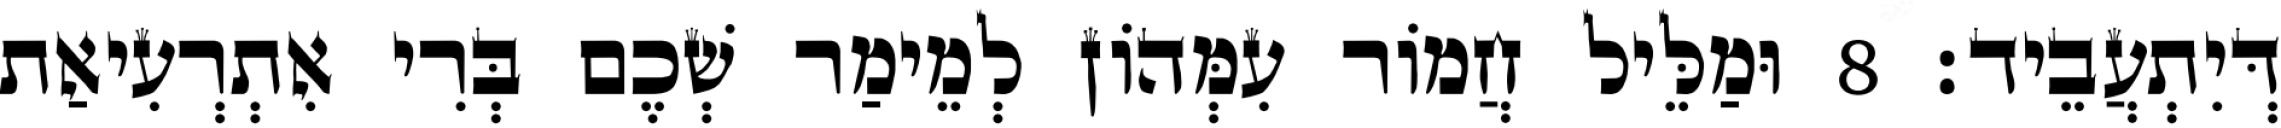
דְּיִתְעֲבֵיד׃ 8 וּמַלֵּיל חֲמוֹר עִמְּהוֹן לְמֵימַר שְׁכֶם בְּרִי אִתְרְעִיאַת